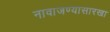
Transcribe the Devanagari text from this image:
नावाजण्यासारखा